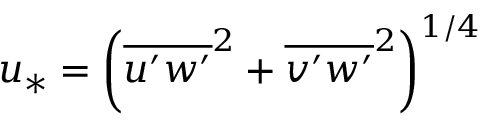
u _ { * } = { \left( \overline { { u ^ { \prime } w ^ { \prime } } } ^ { 2 } + \overline { { v ^ { \prime } w ^ { \prime } } } ^ { 2 } \right) } ^ { 1 / 4 }